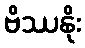
ဗိဿနိုး